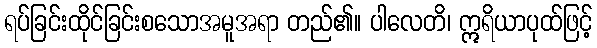
ရပ်ခြင်းထိုင်ခြင်းစသောအမူအရာ တည်၏။ ပါလေတိ၊ ဣရိယာပုထ်ဖြင့်